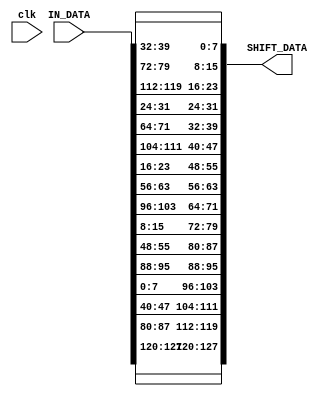
module SHIFT_ROWS(
  input clk,
  input [127:0] IN_DATA,
  output [127:0] SHIFT_DATA
);

reg [127:0] SHIFT_DATA_REG = 128'b0;

  always @(*) begin
      SHIFT_DATA_REG[127:120] = IN_DATA[127:120];  
      SHIFT_DATA_REG[119:112] = IN_DATA[87:80];
      SHIFT_DATA_REG[111:104] = IN_DATA[47:40];
      SHIFT_DATA_REG[103:96] = IN_DATA[7:0];

      SHIFT_DATA_REG[95:88] = IN_DATA[95:88];
      SHIFT_DATA_REG[87:80] = IN_DATA[55:48];
      SHIFT_DATA_REG[79:72] = IN_DATA[15:8];
      SHIFT_DATA_REG[71:64] = IN_DATA[103:96];

      SHIFT_DATA_REG[63:56] = IN_DATA[63:56];
      SHIFT_DATA_REG[55:48] = IN_DATA[23:16];
      SHIFT_DATA_REG[47:40] = IN_DATA[111:104];
      SHIFT_DATA_REG[39:32] = IN_DATA[71:64];

      SHIFT_DATA_REG[31:24] = IN_DATA[31:24];
      SHIFT_DATA_REG[23:16] = IN_DATA[119:112];
      SHIFT_DATA_REG[15:8] = IN_DATA[79:72];
      SHIFT_DATA_REG[7:0] = IN_DATA[39:32]; 
    end

    assign SHIFT_DATA = SHIFT_DATA_REG;

endmodule